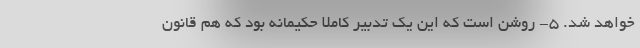
خواهد شد. ۵- روشن است که این یک تدبیر کاملا حکیمانه بود که هم قانون